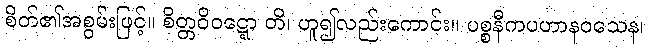
စိတ်၏အစွမ်းဖြင့်။ စိတ္တဝိဝဋ္ဋော တိ၊ ဟူ၍လည်းကောင်း။ ပစ္စနီကပဟာနဝသေန၊